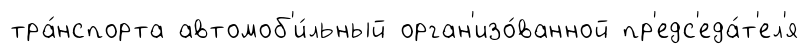
тра́нспорта автомоб'и́льный орган'изо́ванной пр'едс'еда́т'ел'я